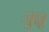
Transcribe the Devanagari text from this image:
जुन्नू